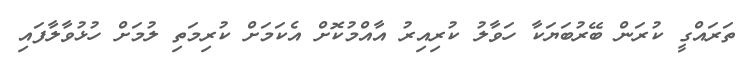
ތަރައްގީ ކުރަން ބޭރުބަޔަކާ ހަވާލު ކުރިއިރު އާއްމުކޮށް އެކަމަށް ކުރިމަތި ލުމަށް ހުޅުވާލާފައި